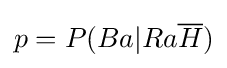
p=P(Ba|Ra{\overline {H}})